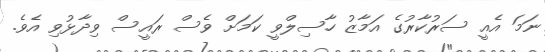
ނަމަ އެއީ ސަރުކާރުގެ އަމާޒު ހާސިލްވީ ކަމަށް ވެސް ރައީސް ވިދާޅުވި އެވެ.